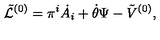
{ \tilde { \cal L } } ^ { ( 0 ) } = \pi ^ { i } \dot { A _ { i } } + \dot { \theta } \Psi - { \tilde { V } } ^ { ( 0 ) } ,